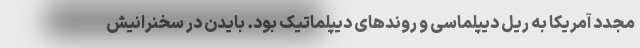
مجدد آمریکا به ریل دیپلماسی و روندهای دیپلماتیک بود. بایدن در سخنرانیش